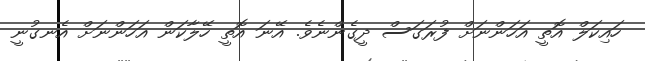
ހައިކަލް އޮތީ އަހަންނަށް ފުރަގަސް ދީގެންނެވެ. އޭނަ އޮތީ ހޭލާކަން އަހަންނަށް އެނގުނީ